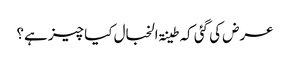
عرض کی گئی کہ طینۃ الخبال کیا چیز ہے؟